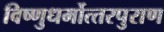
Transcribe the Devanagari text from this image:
विष्‍णुधर्मोत्‍तरपुराण